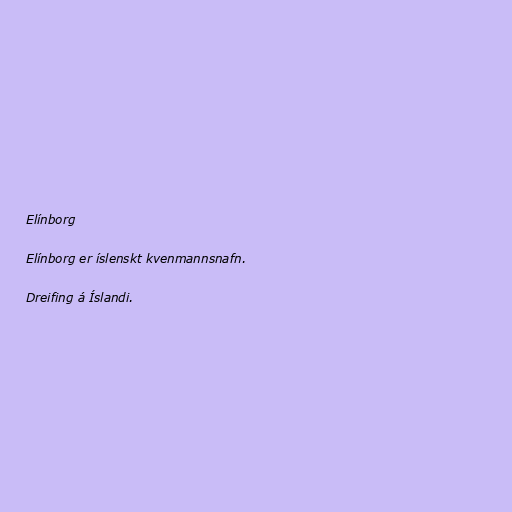
Elínborg

Elínborg er íslenskt kvenmannsnafn.

Dreifing á Íslandi.